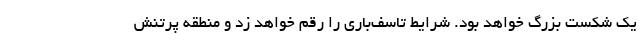
یک شکست بزرگ خواهد بود. شرایط تاسف‌باری را رقم خواهد زد و منطقه پرتنش